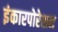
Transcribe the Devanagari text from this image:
इंकारपोरेशन